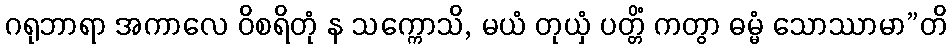
ဂရုဘာရာ အကာလေ ဝိစရိတုံ န သက္ကောသိ, မယံ တုယှံ ပတ္တိံ ကတွာ ဓမ္မံ သောဿာမာ”တိ